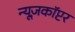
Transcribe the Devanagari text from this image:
न्यूज़कॉप्टर